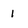
Character: 1